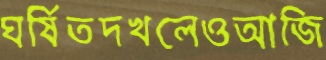
ঘর্ষিতদখলেওআজি